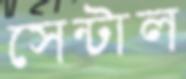
সেন্টাল